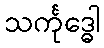
သင်္ကုဒ္ဓေါ